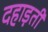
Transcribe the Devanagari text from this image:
दहाड़ती